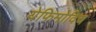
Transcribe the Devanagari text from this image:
येफिमोविच